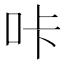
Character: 咔